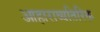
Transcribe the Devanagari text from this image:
आहाराव्यतिरिक्त